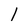
Character: 1